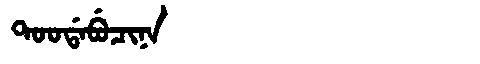
Manchu: ᡨᠣᠣᡩᠠᠪᡠᠴᡳᠨᠠ
Romanization: TOODABUCINA